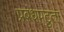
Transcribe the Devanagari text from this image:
प्रबंधपटुता